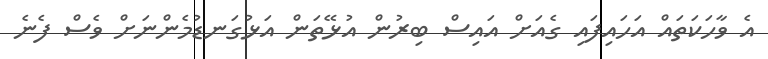
އެ ވާހަކަތައް އަހައިފައި ގެއަށް އައިސް ބިރުން އުޅޭތަން އަޅުގަނޑުމެންނަށް ވެސް ފެނެ